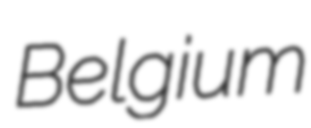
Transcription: Belgium